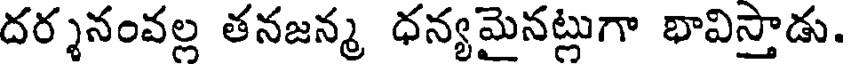
దర్శనంవల్ల తనజన్మ ధన్యమైనట్లుగా భావిస్తాడు.